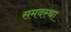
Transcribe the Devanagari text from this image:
समवस्था